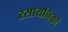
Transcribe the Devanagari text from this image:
रसायनिकों